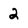
Character: 2